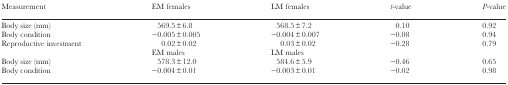
| Measurement | EM females | LM females | t-value | P-value |
 | --- | --- | --- | --- | --- |
 | Body size (mm) | 569.5±6.8 | 568.5±7.2 | 0.10 | 0.92 |
 | Body condition | −0.005±0.005 | −0.004±0.007 | −0.08 | 0.94 |
 | Reproductive investment | 0.02±0.02 | 0.03±0.02 | −0.28 | 0.79 |
 |  | EM males | LM males |  |  |
 | Body size (mm) | 578.3±12.0 | 584.6±5.9 | −0.46 | 0.65 |
 | Body condition | −0.004±0.01 | −0.003±0.01 | −0.02 | 0.98 |